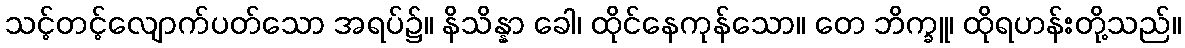
သင့်တင့်လျောက်ပတ်သော အရပ်၌။ နိသိန္နာ ခေါ၊ ထိုင်နေကုန်သော။ တေ ဘိက္ခူ၊ ထိုရဟန်းတို့သည်။